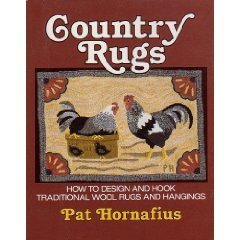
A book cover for Country Rugs: How to Design and Hook Traditional Wool Rugs and Hangings; Pat Hornafius; Crafts, Hobbies & Home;